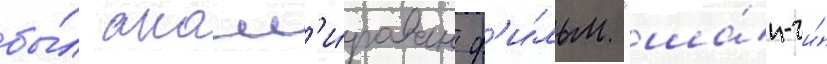
бы́л анонс'и́рован ф'и́льм "ша́н-чи́